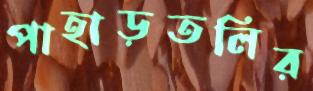
পাহাড়তলির